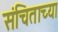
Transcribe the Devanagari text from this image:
संचिताच्या